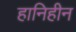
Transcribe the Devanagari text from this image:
हानिहीन